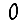
Digit: 0